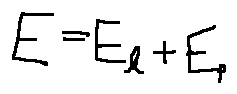
E = E _ { k } + E _ { p }